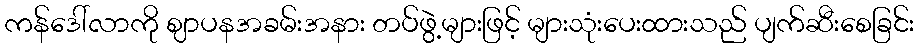
ကန်ဒေါ်လာကို ဈာပနအခမ်းအနား တပ်ဖွဲ့များဖြင့် များသုံးပေးထားသည် ပျက်ဆီးစေခြင်း